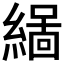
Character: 𮈻